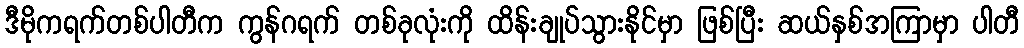
ဒီမိုကရက်တစ်ပါတီက ကွန်ဂရက် တစ်ခုလုံးကို ထိန်းချုပ်သွားနိုင်မှာ ဖြစ်ပြီး ဆယ်နှစ်အကြာမှာ ပါတီ